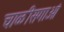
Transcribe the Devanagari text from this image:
चाळीसगाओं